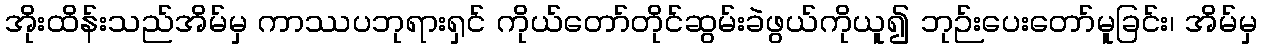
အိုးထိန်းသည်အိမ်မှ ကာဿပဘုရားရှင် ကိုယ်တော်တိုင်ဆွမ်းခဲဖွယ်ကိုယူ၍ ဘုဉ်းပေးတော်မူခြင်း၊ အိမ်မှ